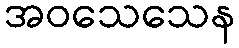
အဝသေသေန